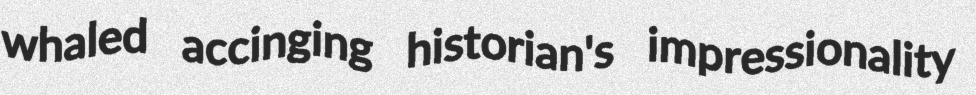
whaled accinging historian's impressionality